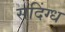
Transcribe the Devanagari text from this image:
सदिंग्ध